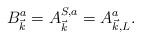
LaTeX: \begin{align*}B_{\vec{k}}^a=A_{\vec{k}}^{S,a}=A_{\vec{k},L}^a.\end{align*}